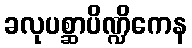
ခလုပစ္ဆာပိဏ္ဍိကေန